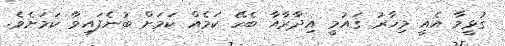
ގުޅީމާ އެއީ މިހާރު ޤައުމީ އިދާރާއާ ބެހޭ ކަމެއް ކަމަށް ބުނެފައިވާ ކަމަށެވެ.